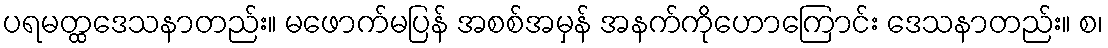
ပရမတ္ထဒေသနာတည်း။ မဖောက်မပြန် အစစ်အမှန် အနက်ကိုဟောကြောင်း ဒေသနာတည်း။ စ၊